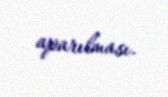
aparılması.